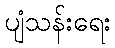
ပျံသန်းရေး